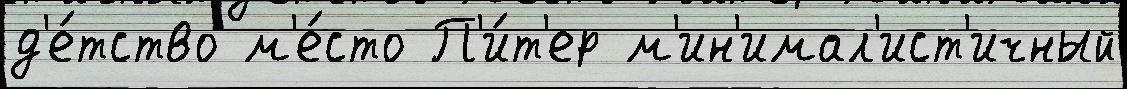
д'е́тство м'е́сто П'и́т'ер м'ин'имал'ист'ичный